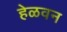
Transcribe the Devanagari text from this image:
हेळवन